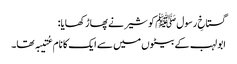
گستاخِ رسول ﷺ کو شیر نے پھاڑ کھایا:
ابو لہب کے بیٹوں میں سے ایک کا نام عُتیبہ تھا۔